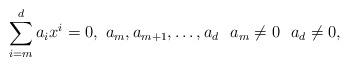
LaTeX: \begin{align*}\sum_{i=m}^d a_i x^i = 0, \,\, a_m, a_{m+1}, \dots, a_d \,\, \,\, a_m\neq 0 \,\, \,\, a_d \neq 0,\end{align*}